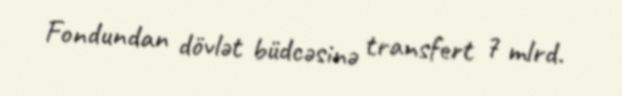
Fondundan dövlət büdcəsinə transfert 7 mlrd.